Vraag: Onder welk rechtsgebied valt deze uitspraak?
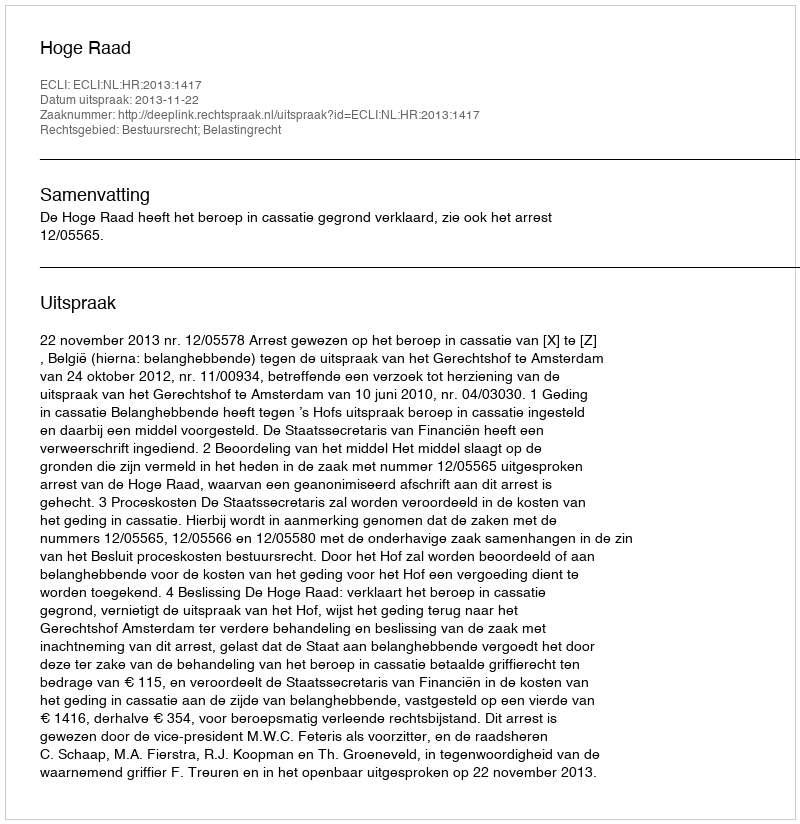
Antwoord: Bestuursrecht; Belastingrecht